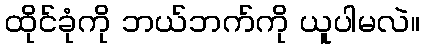
ထိုင်ခုံကို ဘယ်ဘက်ကို ယူပါမလဲ။